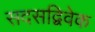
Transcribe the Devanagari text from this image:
सदसद्विवेक